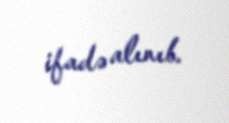
ifadə alınıb.